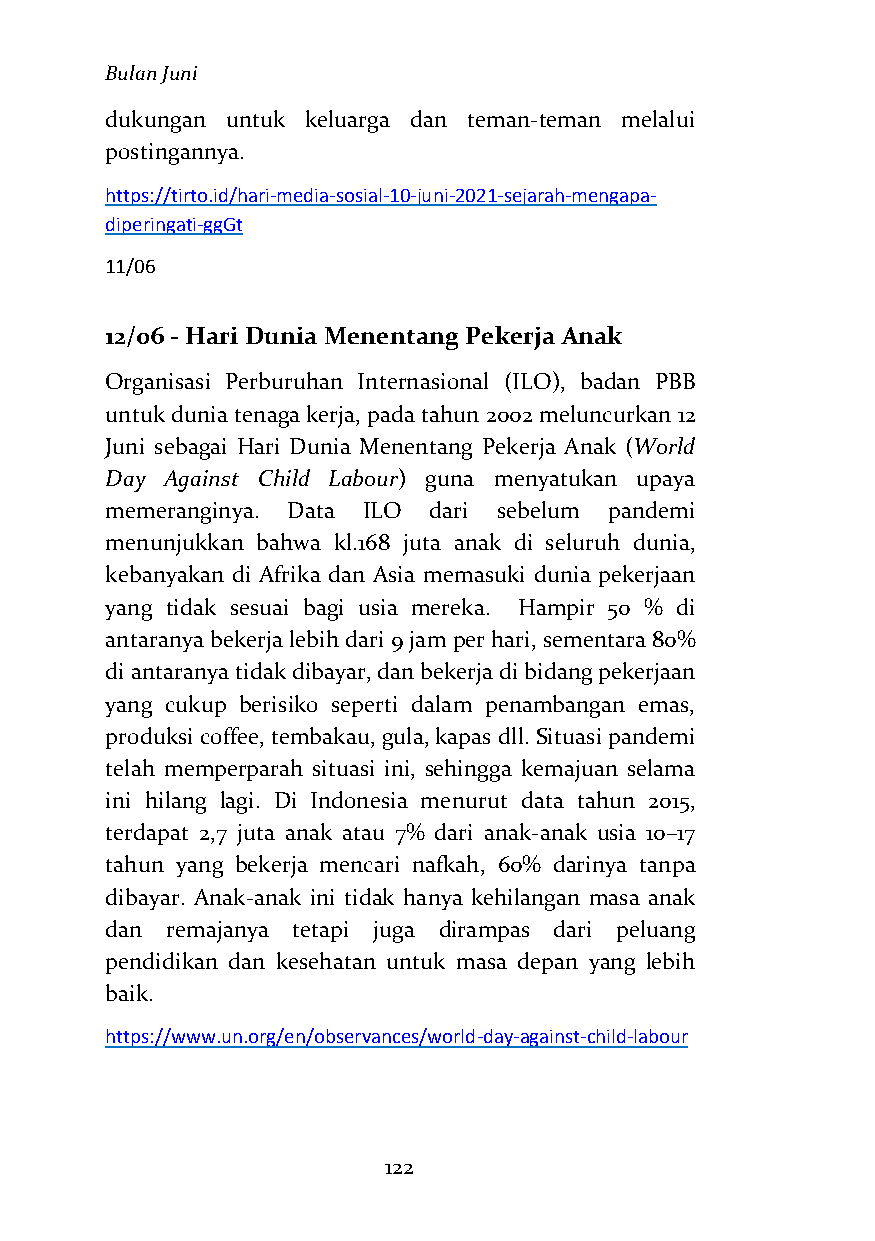
Bulan Juni
 dukungan untuk keluarga dan teman-teman melalui
 postingannya.
 https://tirto.id/hari-media-sosial-10-juni-2021-sejarah-mengapa-
 diperingati-ggGt
 11/06
 12/06 - Hari Dunia Menentang Pekerja Anak
 Organisasi Perburuhan Internasional (ILO), badan PBB
 untuk dunia tenaga kerja, pada tahun 2002 meluncurkan 12
 Juni sebagai Hari Dunia Menentang Pekerja Anak (World
 Day Against Child Labour) guna menyatukan upaya
 memeranginya. Data ILO dari sebelum pandemi
 menunjukkan bahwa kl.168 juta anak di seluruh dunia,
 kebanyakan di Afrika dan Asia memasuki dunia pekerjaan
 yang tidak sesuai bagi usia mereka. Hampir 50 % di
 antaranya bekerja lebih dari 9 jam per hari, sementara 80%
 di antaranya tidak dibayar, dan bekerja di bidang pekerjaan
 yang cukup berisiko seperti dalam penambangan emas,
 produksi coffee, tembakau, gula, kapas dll. Situasi pandemi
 telah memperparah situasi ini, sehingga kemajuan selama
 ini hilang lagi. Di Indonesia menurut data tahun 2015,
 terdapat 2,7 juta anak atau 7% dari anak-anak usia 10–17
 tahun yang bekerja mencari nafkah, 60% darinya tanpa
 dibayar. Anak-anak ini tidak hanya kehilangan masa anak
 dan remajanya tetapi juga dirampas dari peluang
 pendidikan dan kesehatan untuk masa depan yang lebih
 baik.
 https://www.un.org/en/observances/world-day-against-child-labour
 122